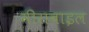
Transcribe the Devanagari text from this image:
मीराबाइल